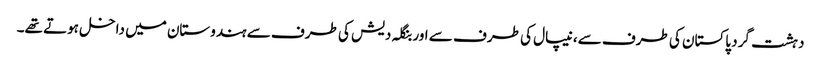
دہشت گرد پاکستان کی طرف سے، نیپال کی طرف سے اور بنگلہ دیش کی طرف سے ہندوستان میں داخل ہوتے تھے۔